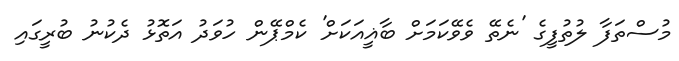
މުސްތަފާ ލުތުފީގެ 'ނެތޭ ވެވޭކަމަށް ބާޣީއަކަށް' ކެމްޕޭން ހުވަދު އަތޮޅު ދެކުނު ބުރީގައި